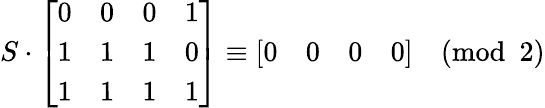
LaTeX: S\cdot{\left[\begin{array}{llll}{0}&{0}&{0}&{1}\\ {1}&{1}&{1}&{0}\\ {1}&{1}&{1}&{1}\end{array}\right]}\equiv{\left[\begin{array}{llll}{0}&{0}&{0}&{0}\end{array}\right]}{\pmod{2}}